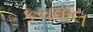
કચવાલ